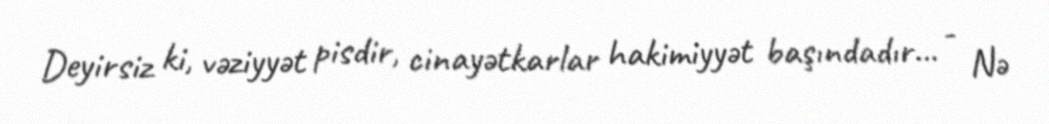
Deyirsiz ki, vəziyyət pisdir, cinayətkarlar hakimiyyət başındadır... - Nə